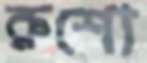
রুশো